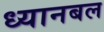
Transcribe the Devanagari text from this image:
ध्यानबल